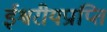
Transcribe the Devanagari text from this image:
ईश्वरीयप्राप्ति